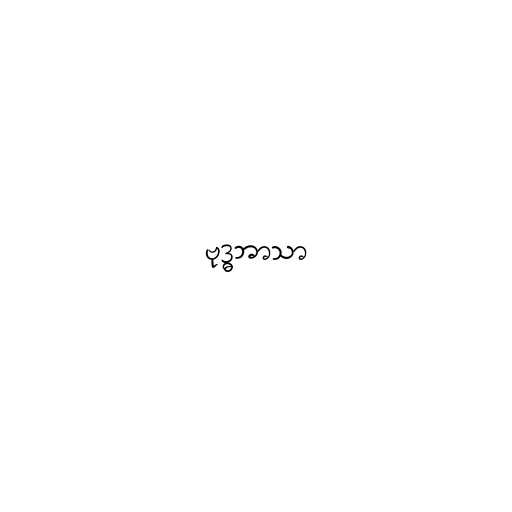
ဗုဒ္ဓဘာသာ